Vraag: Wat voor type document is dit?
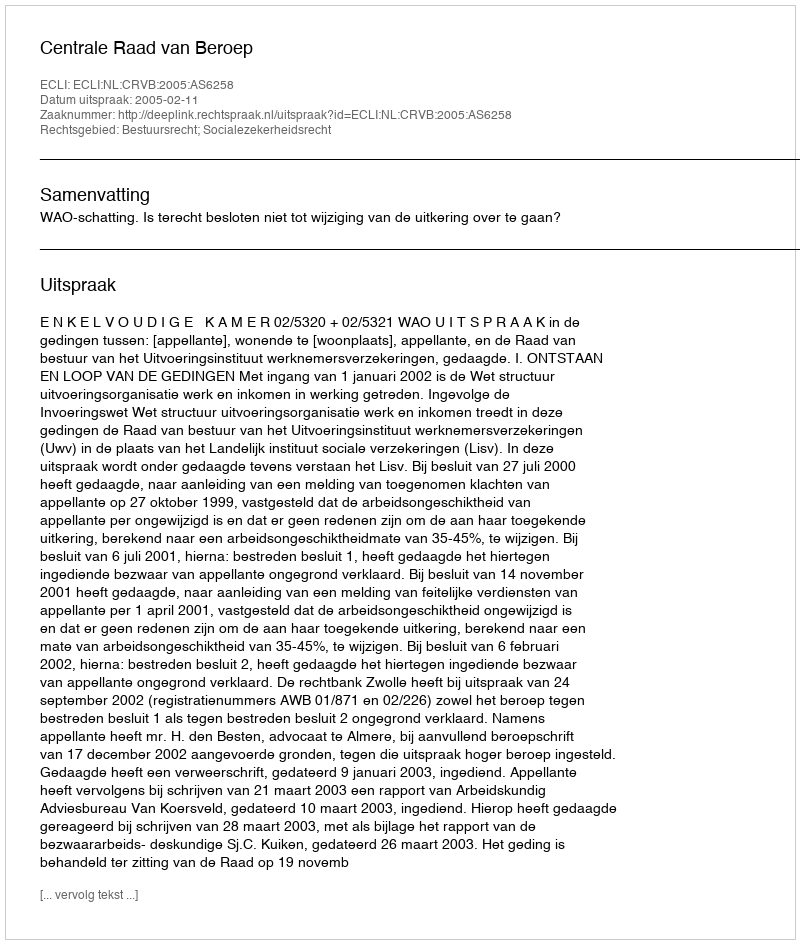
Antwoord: Uitspraak